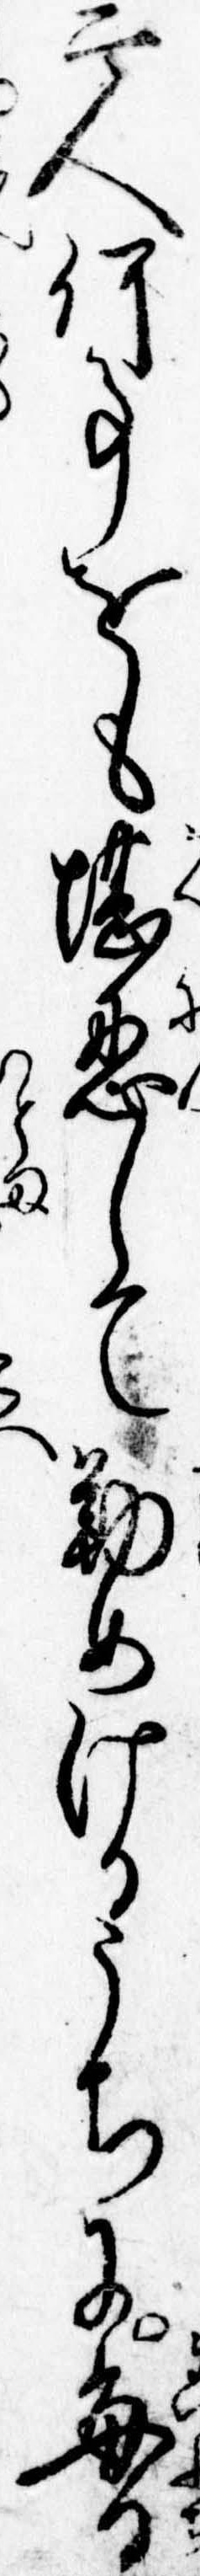
二人何事をも堪忍して勤めけるうちに毎日